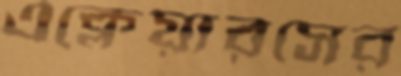
এক্লেয়ারসের